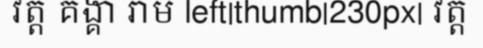
វត្ត គង្គា រាម left|thumb|230px| វត្ត